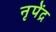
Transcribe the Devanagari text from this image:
नृपेंद्र